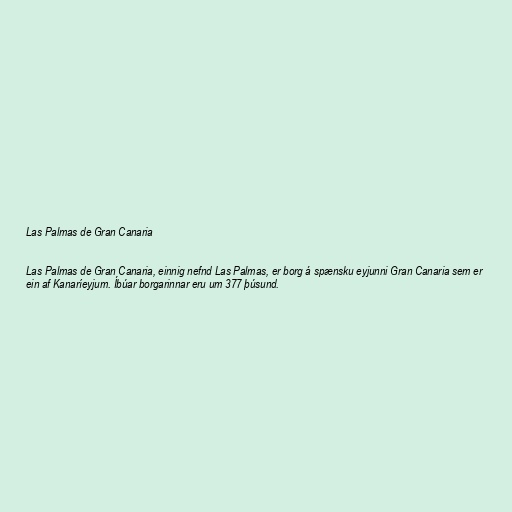
Las Palmas de Gran Canaria

Las Palmas de Gran Canaria, einnig nefnd Las Palmas, er borg á spænsku eyjunni Gran Canaria sem er
ein af Kanaríeyjum. Íbúar borgarinnar eru um 377 þúsund.